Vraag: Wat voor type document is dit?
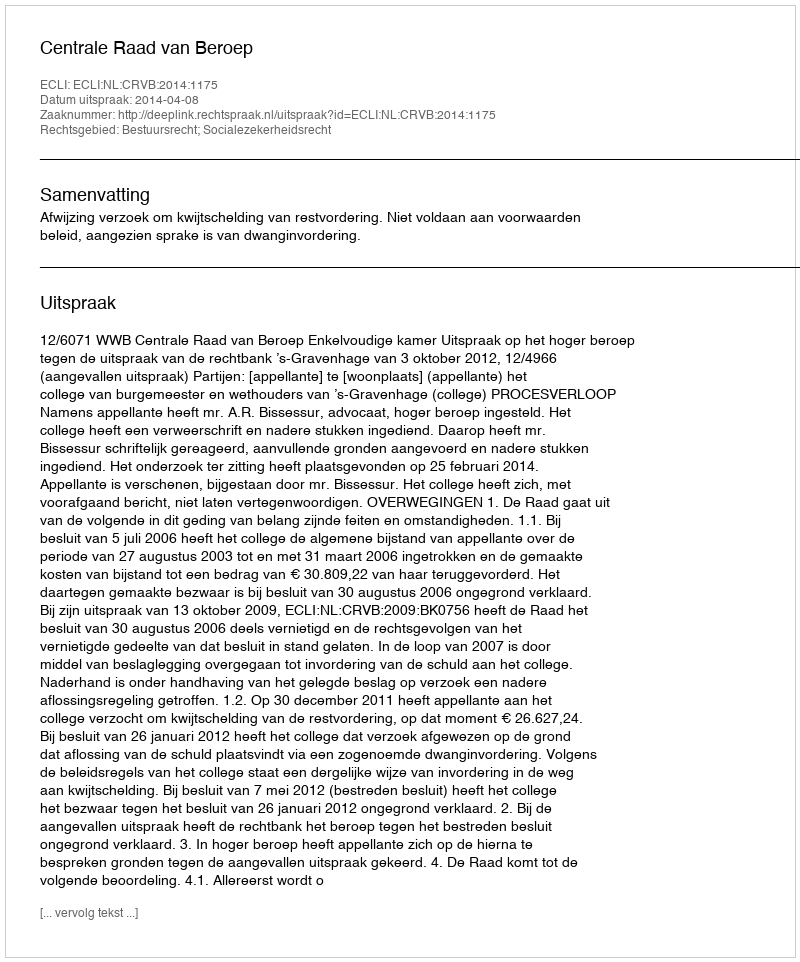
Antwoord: Uitspraak